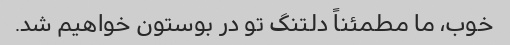
خوب، ما مطمئناً دلتنگ تو در بوستون خواهیم شد.